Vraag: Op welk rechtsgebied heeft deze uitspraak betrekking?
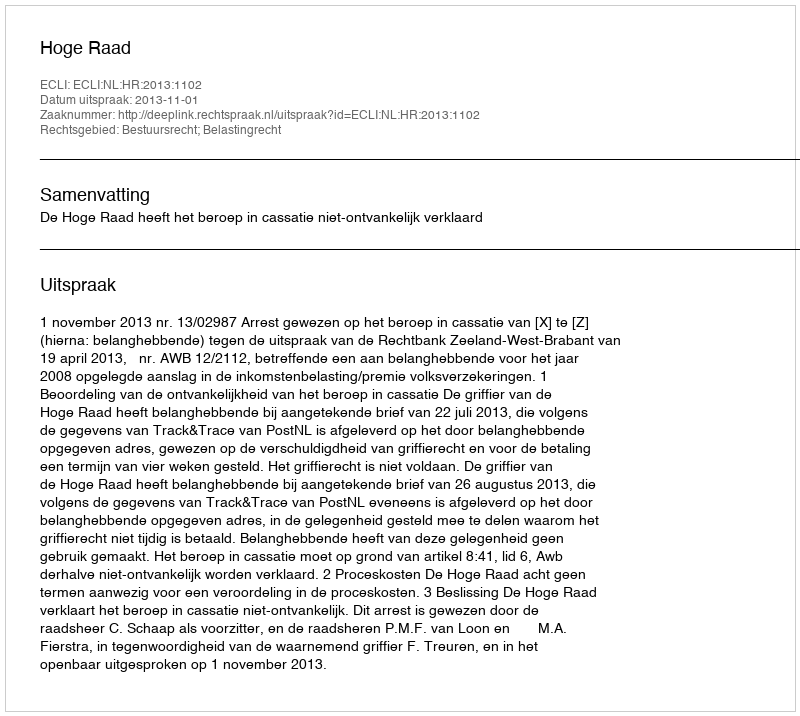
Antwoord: Bestuursrecht; Belastingrecht